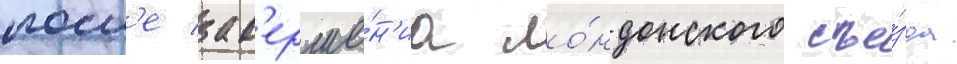
посл'е зав'ерше́н'иа ло́ндонского съе́зда